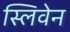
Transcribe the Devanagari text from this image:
स्लिवेन